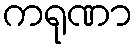
ကရုဏာ